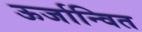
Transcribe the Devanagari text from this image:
ऊर्जान्वित